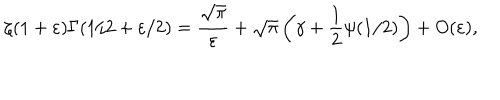
\zeta ( 1 + \varepsilon ) \Gamma ( 1 / 2 + \varepsilon / 2 ) = \frac { \sqrt { \pi } } { \varepsilon } + \sqrt { \pi } \left( \gamma + \frac 1 2 \psi ( 1 / 2 ) \right) + O ( \varepsilon ) ,